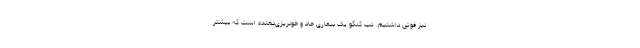
نیز فوتی داشتیم. تب کنگو یک بیماری حاد و خونریزی‌دهنده است که بیشتر